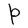
Character: P